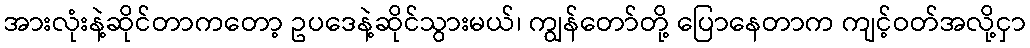
အားလုံးနဲ့ဆိုင်တာကတော့ ဥပဒေနဲ့ဆိုင်သွားမယ်၊ ကျွန်တော်တို့ ပြောနေတာက ကျင့်ဝတ်အလို့ငှာ